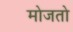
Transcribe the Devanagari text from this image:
मोजतो